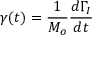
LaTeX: \gamma ( t ) = \frac { 1 } { M _ { o } } \frac { d \Gamma _ { I } } { d t }